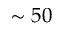
\sim 5 0